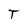
Character: T